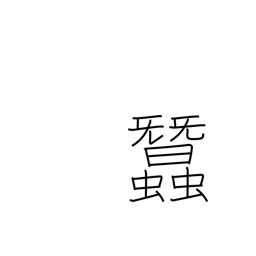
Meaning: silkworms